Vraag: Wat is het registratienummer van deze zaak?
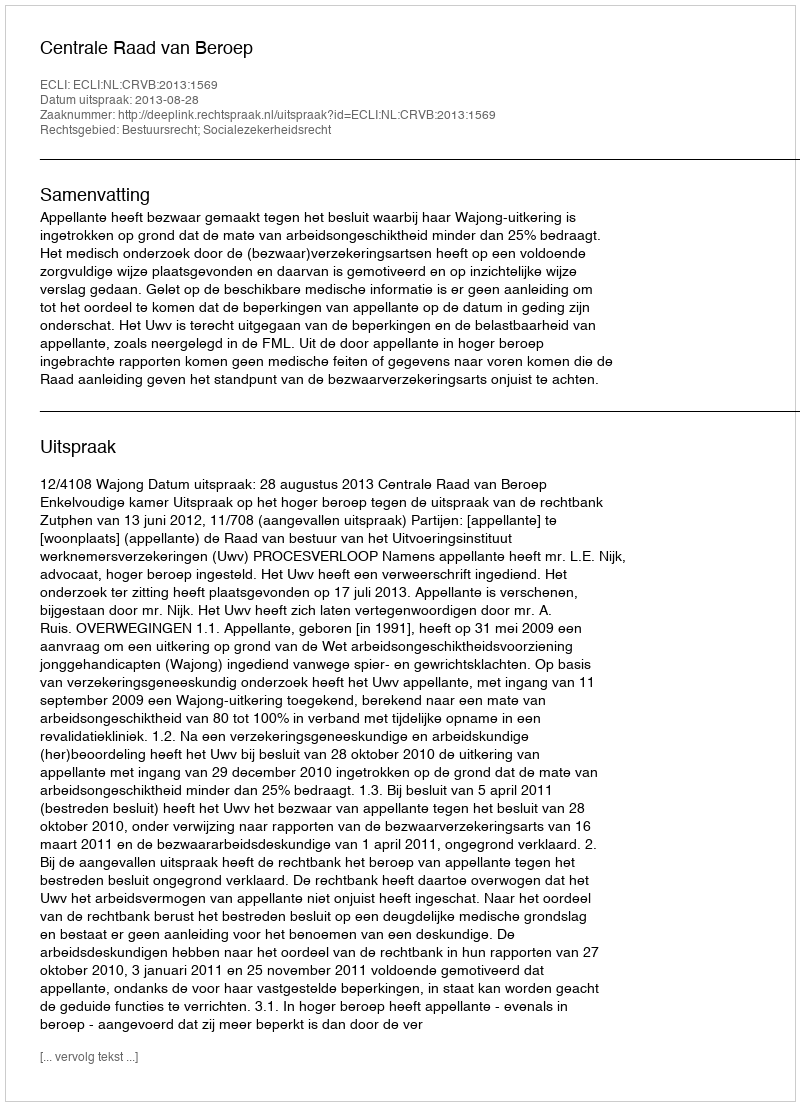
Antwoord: http://deeplink.rechtspraak.nl/uitspraak?id=ECLI:NL:CRVB:2013:1569